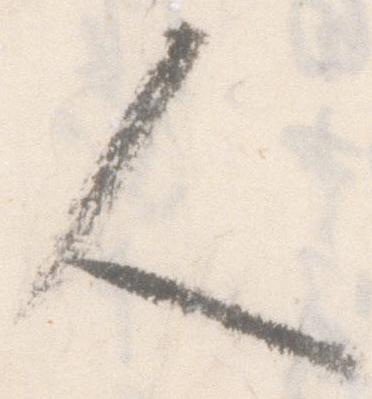
人